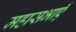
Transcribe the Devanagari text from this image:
महासभाएँ